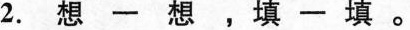
2.想一想，填一填。